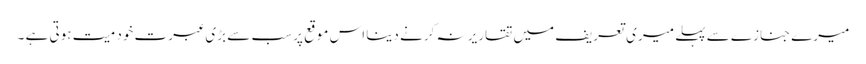
میرے جنازے سے پہلے میری تعریف میں تقاریر نہ کرنے دینا اس موقع پر سب سے بڑی عبرت خود میت ہوتی ہے ۔